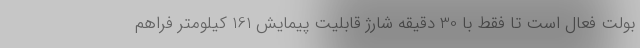
بولت فعال است تا فقط با 30 دقیقه شارژ قابلیت پیمایش 161 کیلومتر فراهم